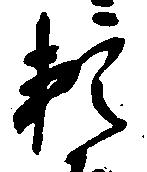
頼